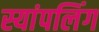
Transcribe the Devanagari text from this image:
स्यांपलिंग